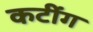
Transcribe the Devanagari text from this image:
कटींग